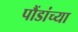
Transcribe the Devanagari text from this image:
पौंडांच्या